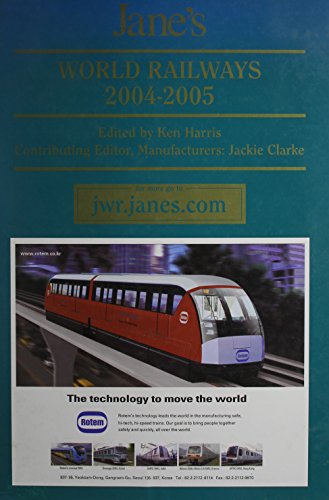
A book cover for Jane's World Railways, 2004-2005; Engineering & Transportation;